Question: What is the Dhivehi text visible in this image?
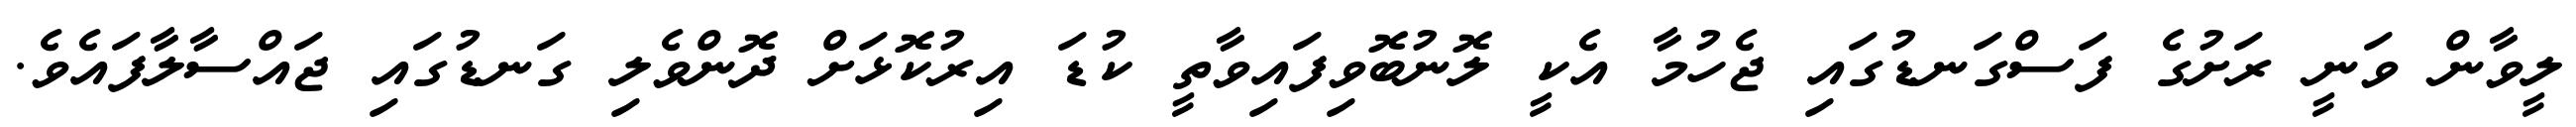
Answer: ލީވާން ވަނީ ރަށުގެ ފަސްގަނޑުގައި ޖެހުމާ އެކީ ލޮނުބޮވިފައިވާތީ ކުޑަ އިރުކޮޅަށް ދޮންވެލި ގަނޑުގައި ޖައްސާލާފައެވެ.